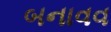
બનાવવ